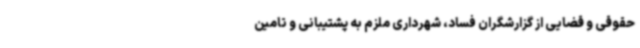
حقوقی و قضایی از گزارشگران فساد، شهرداری ملزم به پشتیبانی و تامین